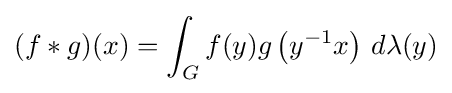
(f*g)(x)=\int _{G}f(y)g\left(y^{-1}x\right)\,d\lambda (y)